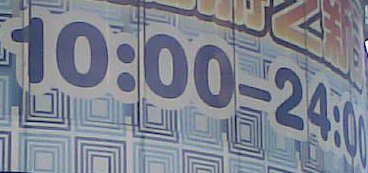
10:00-24:00